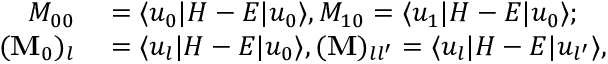
\begin{array} { r l } { M _ { 0 0 } } & { { } = \langle u _ { 0 } | H - E | u _ { 0 } \rangle , M _ { 1 0 } = \langle u _ { 1 } | H - E | u _ { 0 } \rangle ; } \\ { ( \mathbf { M } _ { 0 } ) _ { l } } & { { } = \langle u _ { l } | H - E | u _ { 0 } \rangle , ( \mathbf { M } ) _ { l l ^ { \prime } } = \langle u _ { l } | H - E | u _ { l ^ { \prime } } \rangle , } \end{array}